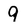
Character: 9